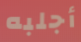
أجلبه